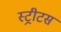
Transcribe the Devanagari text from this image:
स्ट्रीटस